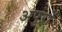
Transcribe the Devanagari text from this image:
अपुरों